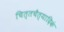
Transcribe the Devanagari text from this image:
चित्तचैत्यादिकं